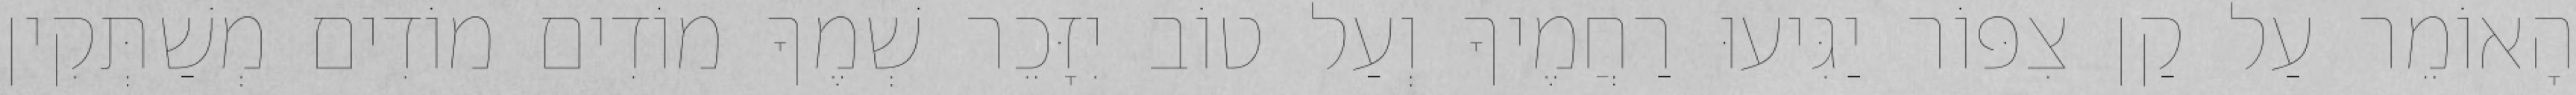
הָאוֹמֵר עַל קַן צִפּוֹר יַגִּיעוּ רַחֲמֶיךָ וְעַל טוֹב יִזָּכֵר שְׁמֶךָ מוֹדִים מוֹדִים מְשַׁתְּקִין